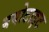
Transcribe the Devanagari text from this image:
बयोटाइट